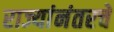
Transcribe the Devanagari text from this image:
राज्यांनंतरचे